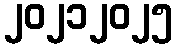
၂၀၂၁၂၀၂၅